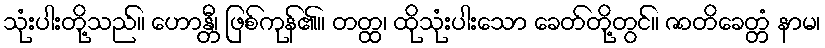
သုံးပါးတို့သည်။ ဟောန္တီ၊ ဖြစ်ကုန်၏။ တတ္ထ၊ ထိုသုံးပါးသော ခေတ်တို့တွင်။ ဇာတိခေတ္တံ နာမ၊